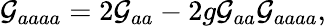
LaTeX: {\cal G}_{aaaa}=2{\cal G}_{aa}-2g{\cal G}_{aa}{\cal G}_{aaaa},